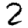
Digit: 2